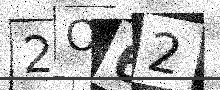
Text: 2O62